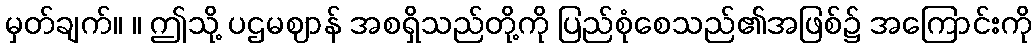
မှတ်ချက်။ ။ ဤသို့ ပဌမဈာန် အစရှိသည်တို့ကို ပြည်စုံစေသည်၏အဖြစ်၌ အကြောင်းကို